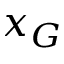
x _ { G }